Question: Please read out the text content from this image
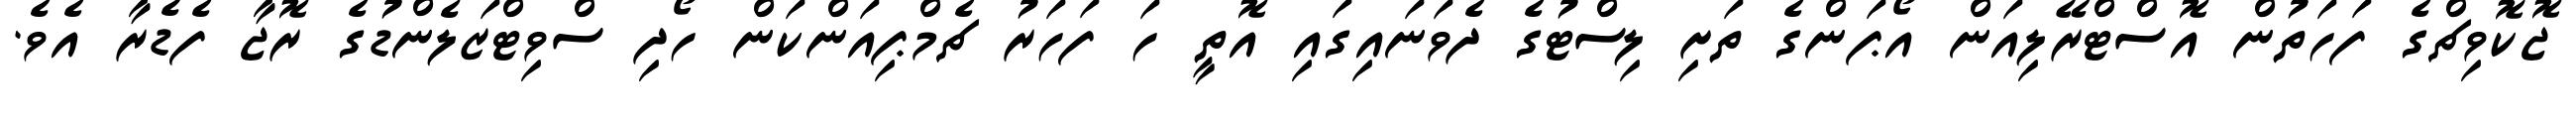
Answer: ޖޮކޮވިޗްގެ ފަހަތުން އޮސްޓްރޭލިއަން އޯޕަންގެ ތަށި ލިސްޓުގެ ދެވަނައިގައި އޮތީ ހަ ފަހަރު ޗެމްޕިއަންކަން ހޯދި ސްވިޓްޒަލެންޑުގެ ރޮޖާ ފެޑެރާ އެވެ.